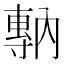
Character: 𡭇